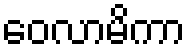
ဝေလာမိကာ